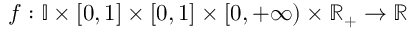
f : \mathbb { I } \times [ 0 , 1 ] \times [ 0 , 1 ] \times [ 0 , + \infty ) \times \mathbb { R } _ { + } \to \mathbb { R }